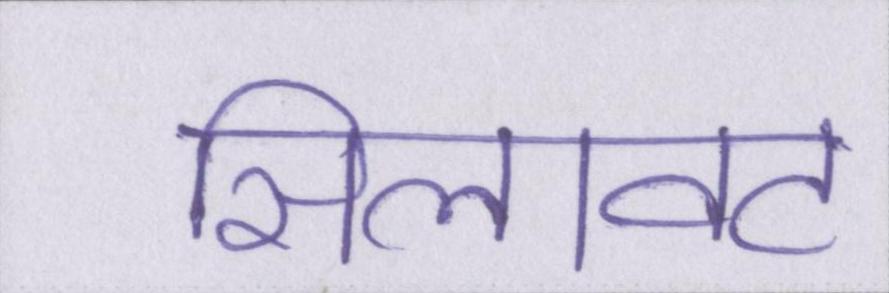
सिलावट